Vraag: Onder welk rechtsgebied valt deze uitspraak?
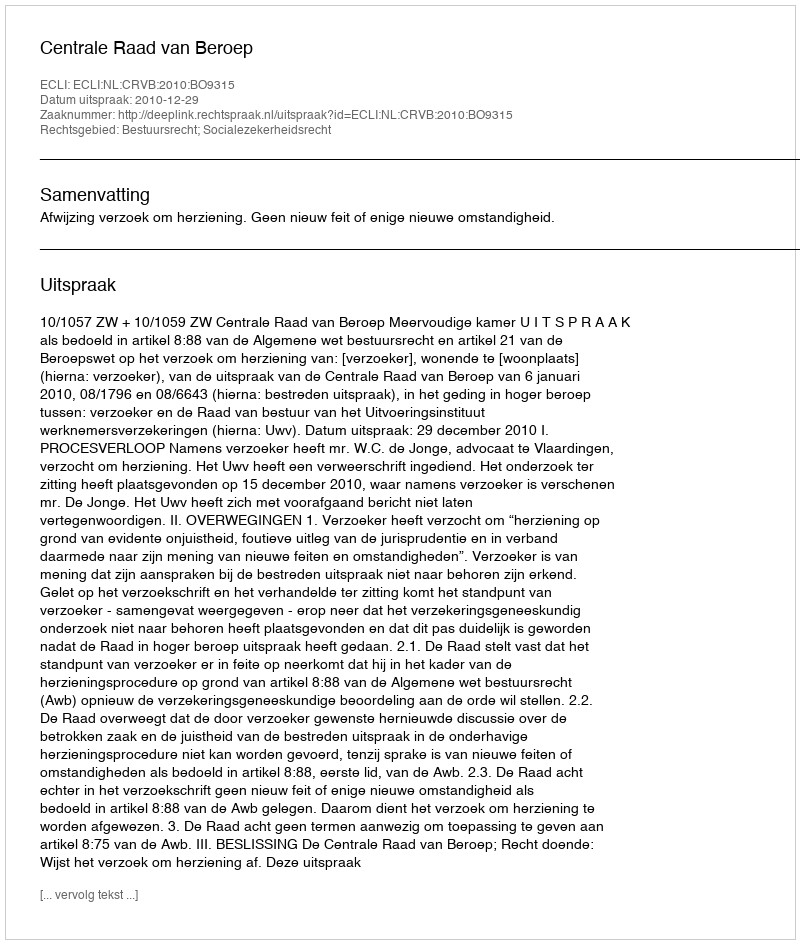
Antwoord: Bestuursrecht; Socialezekerheidsrecht